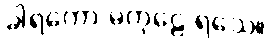
ခါရကော မကုဠေ ရသေ။